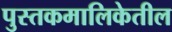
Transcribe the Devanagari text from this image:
पुस्तकमालिकेतील